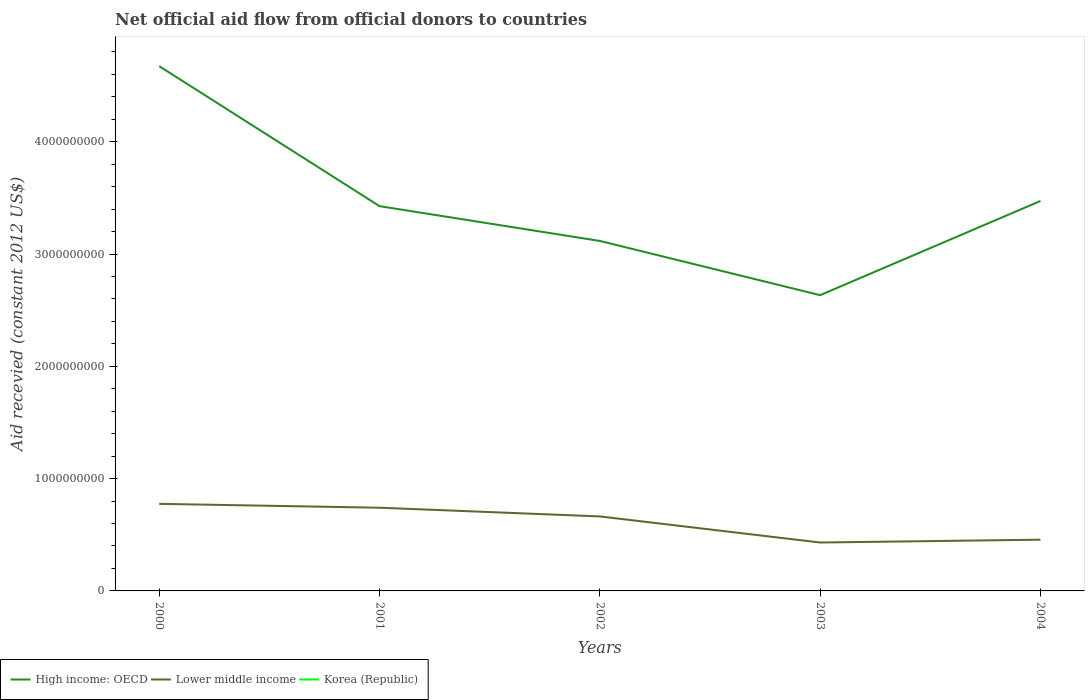
| Years | High income: OECD | Lower middle income | Korea (Republic) |
 | --- | --- | --- | --- |
 | 2000 | 4.67e+09 | 7.75e+08 | -2.19e+08 |
 | 2001 | 3.43e+09 | 7.41e+08 | -1.38e+08 |
 | 2002 | 3.12e+09 | 6.63e+08 | -1.03e+08 |
 | 2003 | 2.63e+09 | 4.31e+08 | -5.94e+08 |
 | 2004 | 3.47e+09 | 4.56e+08 | -8.34e+07 |